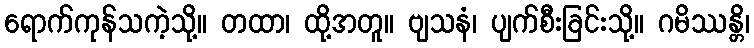
ရောက်ကုန်သကဲ့သို့။ တထာ၊ ထို့အတူ။ ဗျသနံ၊ ပျက်စီးခြင်းသို့။ ဂမိဿန္တိ၊